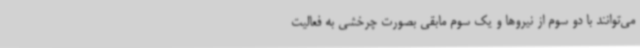
می‌توانند با دو سوم از نیروها و یک سوم مابقی بصورت چرخشی به فعالیت